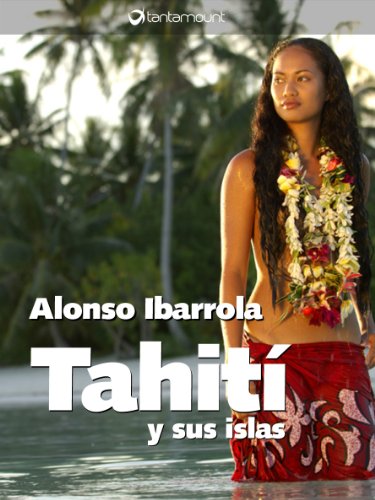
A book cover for TahitÃ­ y sus islas (Spanish Edition); Alonso Ibarrola; Travel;